Annual report of the Imperial Bacteriologist
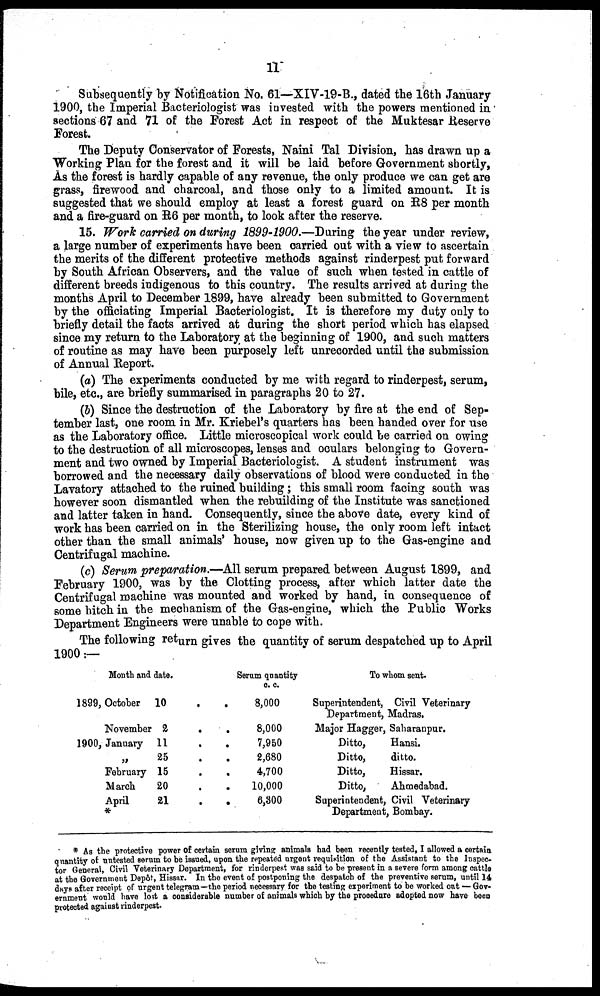
11
Subsequently by Notification No. 61—XIV-19-B., dated the 16th January
1900, the Imperial Bacteriologist was invested with the powers mentioned in
sections 67 and 71 of the Forest Act in respect of the Muktesar Reserve
Forest.
The Deputy Conservator of Forests, Naini Tal Division, has drawn up a
Working Plan for the forest and it will be laid before Government shortly,
As the forest is hardly capable of any revenue, the only produce we can get are
grass, firewood and charcoal, and those only to a limited amount. It is
suggested that we should employ at least a forest guard on R8 per month
and a fire-guard on R6 per month, to look after the reserve.
15. Work carried on during 1899-1900.—During the year under review,
a large number of experiments have been carried out with a view to ascertain
the merits of the different protective methods against rinderpest put forward
by South African Observers, and the value of such when tested in cattle of
different breeds indigenous to this country. The results arrived at during the
months April to December 1899, have already been submitted to Government
by the officiating Imperial Bacteriologist. It is therefore my duty only to
briefly detail the facts arrived at during the short period which has elapsed
since my return to the Laboratory at the beginning of 1900, and such matters
of routine as may have been purposely left unrecorded until the submission
of Annual Report.
(a) The experiments conducted by me with regard to rinderpest, serum,
bile, etc., are briefly summarised in paragraphs 20 to 27.
(b) Since the destruction of the Laboratory by fire at the end of Sep-
tember last, one room in Mr. Kriebel's quarters has been handed over for use
as the Laboratory office. Little microscopical work could be carried on owing
to the destruction of all microscopes, lenses and oculars belonging to Govern-
ment and two owned by Imperial Bacteriologist. A student instrument was
borrowed and the necessary daily observations of blood were conducted in the
Lavatory attached to the ruined building ; this small room facing south was
however soon dismantled when the rebuilding of the Institute was sanctioned
and latter taken in hand. Consequently, since the above date, every kind of
work has been carried on in the Sterilizing house, the only room left intact
other than the small animals' house, now given up to the Gas-engine and
Centrifugal machine.
(c) Serum preparation.—All serum prepared between August 1899, and
February 1900, was by the Clotting process, after which latter date the
Centrifugal machine was mounted and worked by hand, in consequence of
some hitch in the mechanism of the Gas-engine, which the Public Works
Department Engineers were unable to cope with.
The following return gives the quantity of serum despatched up to April
1900 :—
Month and date.
1899, October
10 . .
November 2
.
.
1900, January 11
.
.
„ 25
.
.
February 15
. .
March
20 . .
April
21
.
.
*
Serum quantity
c. c.
8,000
8,000
7,950
2,680
4,700
10,000
6,300
To whom sent.
Superintendent, Civil Veterinary
Department, Madras.
Major Hagger, Saharanpur.
Ditto,
Hansi.
Ditto,
ditto.
Ditto,
Hissar.
Ditto,
Ahmedabad.
Superintendent, Civil Veterinary
Department, Bombay.
* As the protective power of certain serum giving animals had been recently tested, I allowed a certain
quantity of untested serum to be issued, upon the repeated urgent requisition of the Assistant to the Inspec-
tor General, Civil Veterinary Department, for rinderpest was said to be present in a severe form among cattle
at the Government Depôt, Hissar. In the event of postponing the despatch of the preventive serum, until 14
days after receipt of urgent telegram—the period necessary for the testing experiment to be worked out — Gov-
ernment would have lost a considerable number of animals which by the procedure adopted now have been
protected against rinderpest.